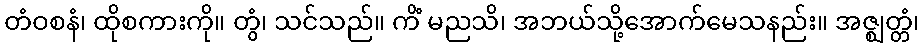
တံဝစနံ၊ ထိုစကားကို။ တွံ၊ သင်သည်။ ကိံ မညသိ၊ အဘယ်သို့အောက်မေသနည်း။ အဇ္ဈတ္တံ၊